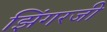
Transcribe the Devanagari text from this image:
झिंगरजी